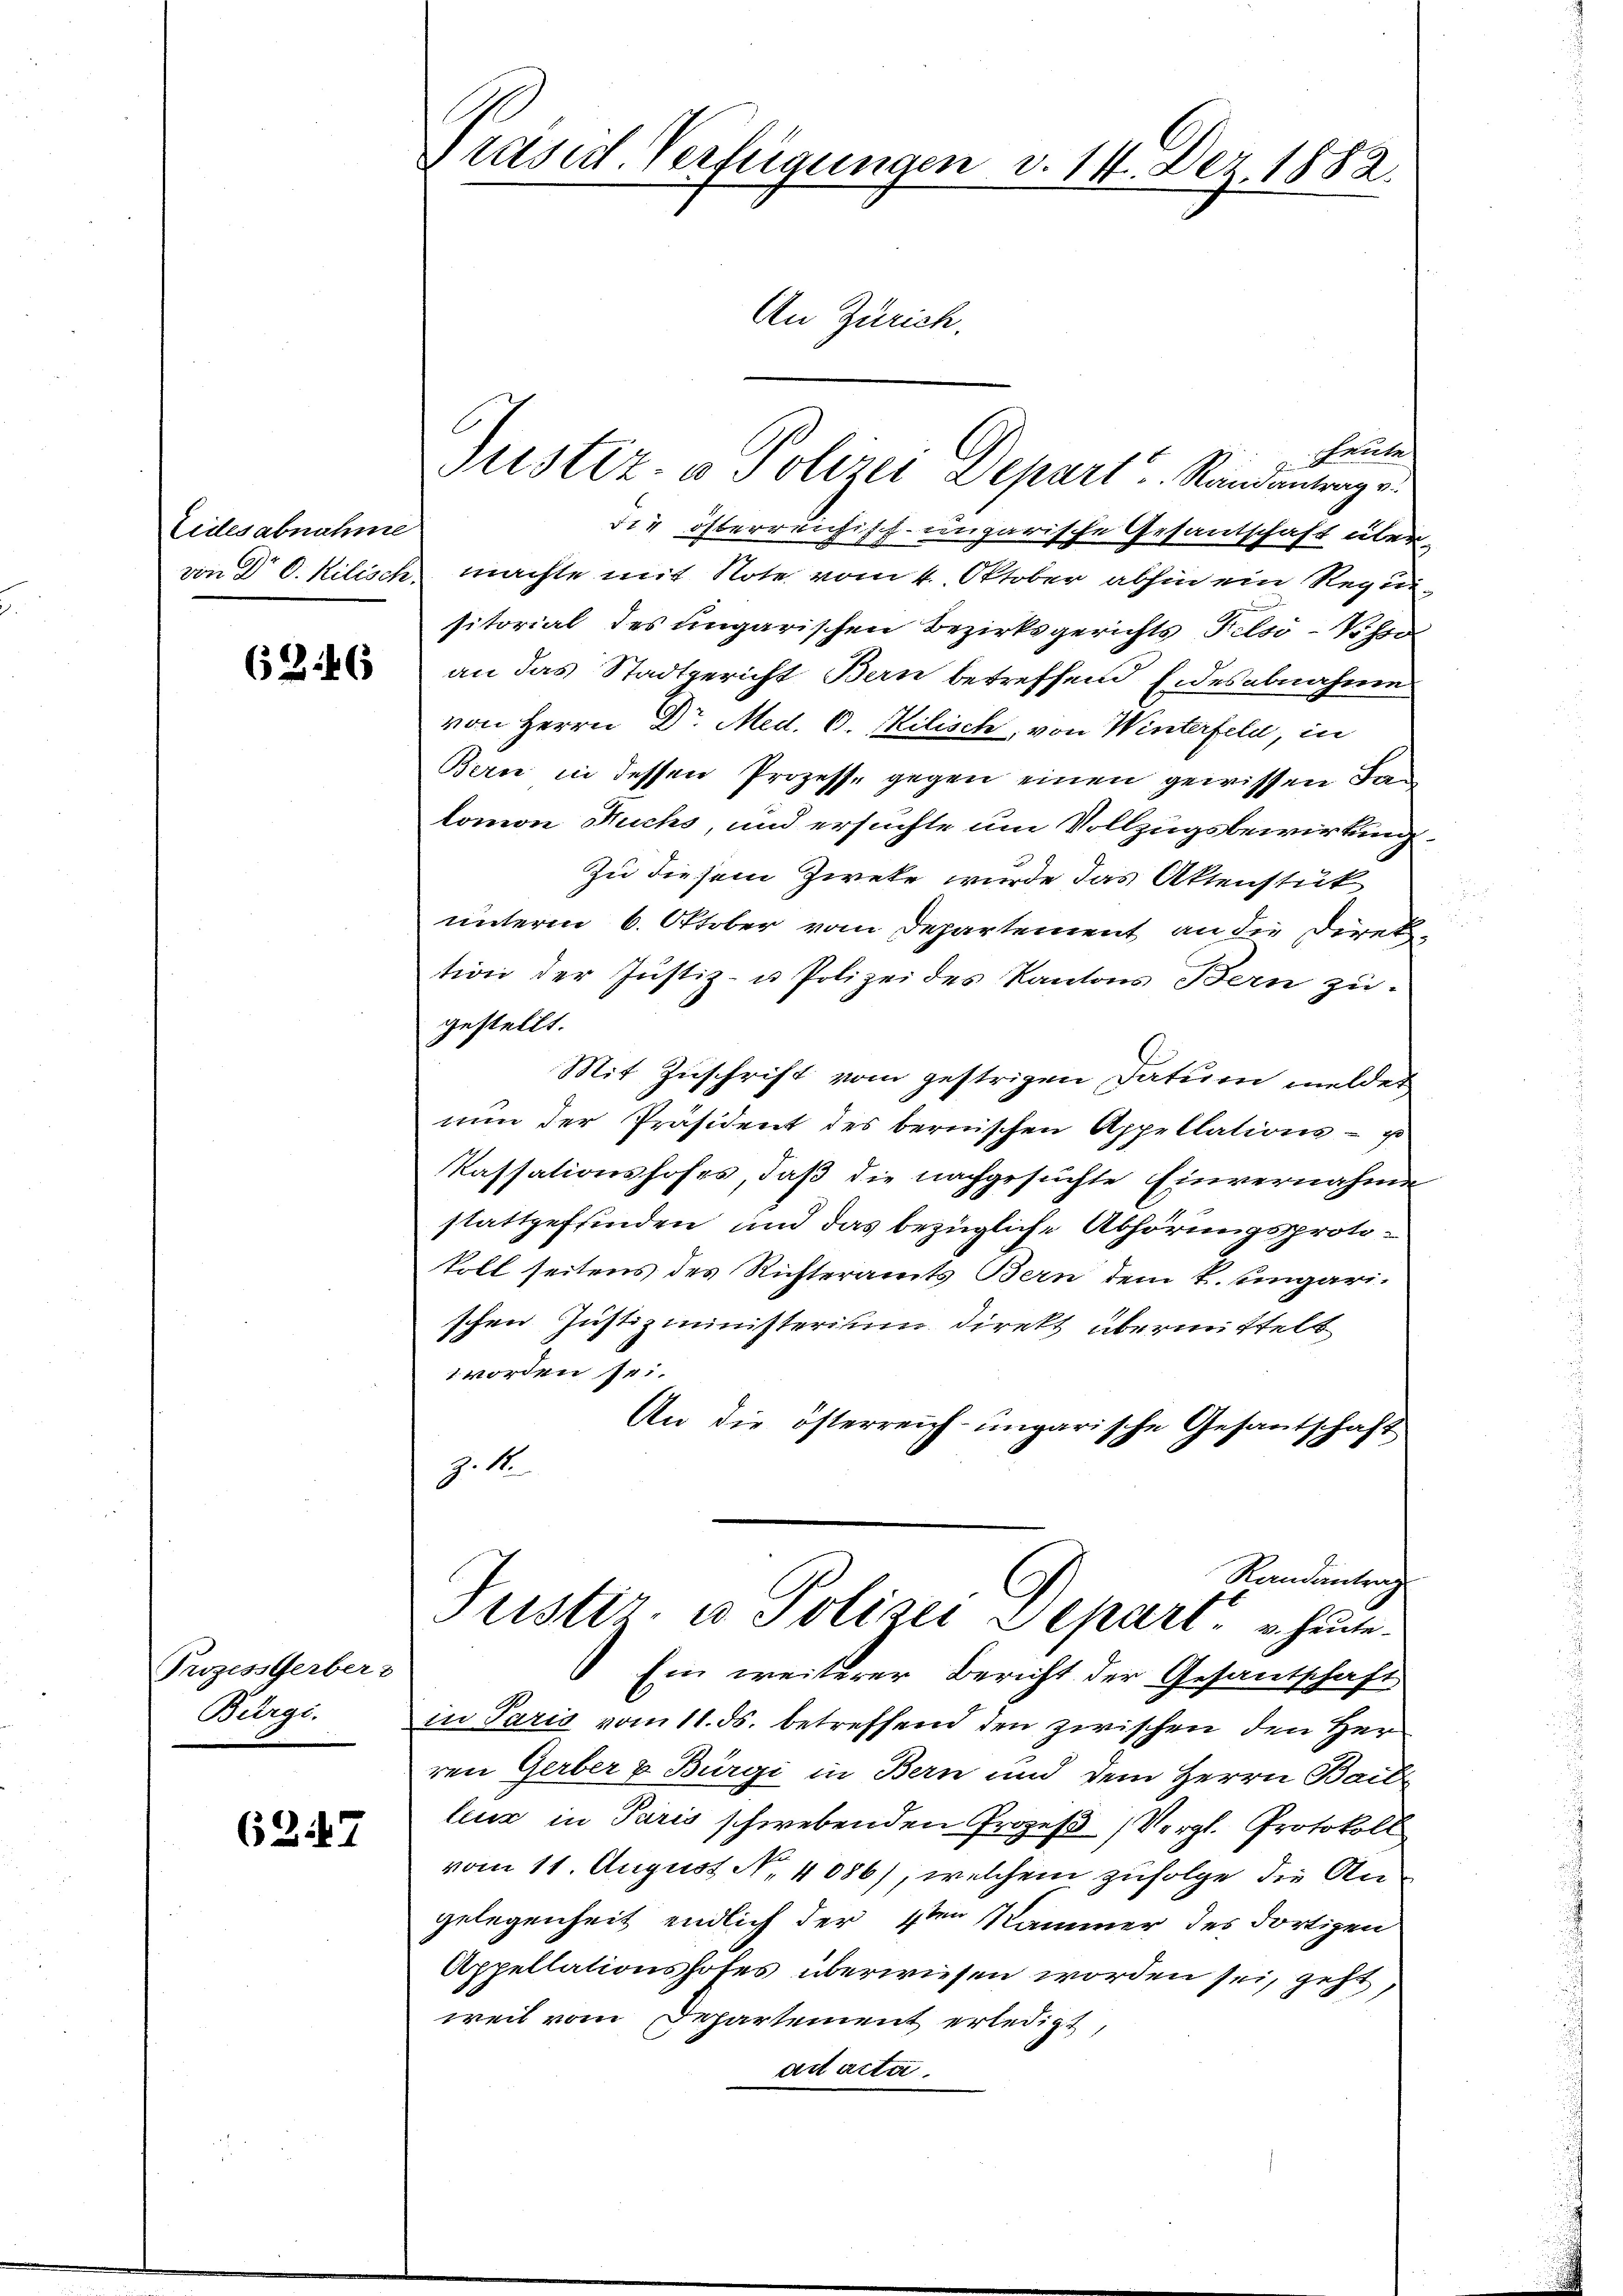
Eidesabnahme

6346

Prozess Gerber-
Bürgi.

6247

Präsid. Verfügungen v. 14. Dez. 1882.
An Zürich.

Heute
Justiz- u Polizei Depart Randantrag e
die österreichisch-ungarische Gesandschaft über-
von Dr C. Kilisch, machte mit Note vom 4. Oktober abhin ein Requisitorial des ungarischen Bezirksgerichts Felsó-Visso
an das Stadtgericht Bern betreffend Eidesabnahme
von Herrn Dr. Med. 6. Kilisch, von Winterfeld, in
Bern in dessen Prozesse gegen einen gewissen Lan
lomon Buchs, und ersuchte um Vollzugsbewirkung.
Zu diesem Zweke wurde das Aktenstük
2
unterm 6. Oktober vom Departement an die Direk
tion der Justiz- u Polizeides Kantons Bern zu-
gestellt.
Mit Zuschrift vom gestrigen Datum melder
nun der Präsident des bernischen Appellations - es
Kassationshofes, daß die nachgesuchte Einvernahme
stattgeffinden und das bezügliche Abhörungsprotokoll seitens des Richteramts Bern dem k. ungarischen Justizministerium direkt übermittelt
worden sei.
An die österreich-ungarische Gesantschaft
J. 1
Randentrag
Justiz- u Polizei Separt u. heute.
Ein weiterer Bericht der Gesantschaft
in Paris vom 11. ds. betreffend den zwischen den Herr
ren Gerber & Bürgi in Bern und dem Herrn Bailleur in Paris schwebenden Prozeß (Vergl. Protokoll
vom 11. August N. 4086), welchem zufolge die Angelegenheit endlich der 4ten Kammer des dortigen
Appellationshofes überwiesen worden sei, geht,
weil vom Departement erledigt,
act acta.